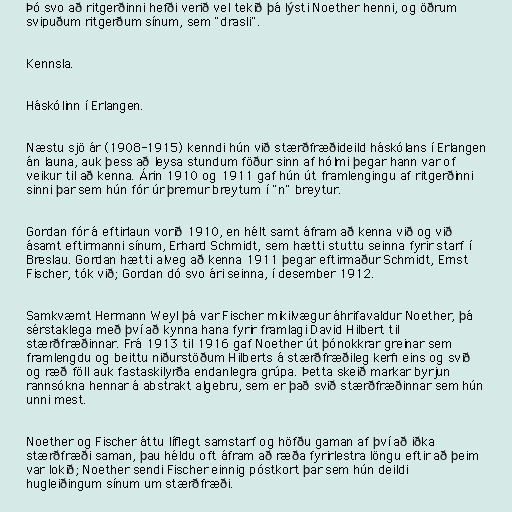
Þó svo að ritgerðinni hefði verið vel tekið þá lýsti Noether henni, og öðrum
svipuðum ritgerðum sínum, sem "drasli".

Kennsla.

Háskólinn í Erlangen.

Næstu sjö ár (1908-1915) kenndi hún við stærðfræðideild háskólans í Erlangen
án launa, auk þess að leysa stundum föður sinn af hólmi þegar hann var of
veikur til að kenna. Árin 1910 og 1911 gaf hún út framlengingu af ritgerðinni
sinni þar sem hún fór úr þremur breytum í "n" breytur.

Gordan fór á eftirlaun vorið 1910, en hélt samt áfram að kenna við og við
ásamt eftirmanni sínum, Erhard Schmidt, sem hætti stuttu seinna fyrir starf í
Breslau. Gordan hætti alveg að kenna 1911 þegar eftirmaður Schmidt, Ernst
Fischer, tók við; Gordan dó svo ári seinna, í desember 1912.

Samkvæmt Hermann Weyl þá var Fischer mikilvægur áhrifavaldur Noether, þá
sérstaklega með því að kynna hana fyrir framlagi David Hilbert til
stærðfræðinnar. Frá 1913 til 1916 gaf Noether út þónokkrar greinar sem
framlengdu og beittu niðurstöðum Hilberts á stærðfræðileg kerfi eins og svið
og ræð föll auk fastaskilyrða endanlegra grúpa. Þetta skeið markar byrjun
rannsókna hennar á abstrakt algebru, sem er það svið stærðfræðinnar sem hún
unni mest.

Noether og Fischer áttu líflegt samstarf og höfðu gaman af því að iðka
stærðfræði saman, þau héldu oft áfram að ræða fyrirlestra löngu eftir að þeim
var lokið; Noether sendi Fischer einnig póstkort þar sem hún deildi
hugleiðingum sínum um stærðfræði.